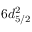
6 d _ { 5 / 2 } ^ { 2 }